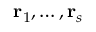
\mathbf { r } _ { 1 } , \dots , \mathbf { r } _ { s }